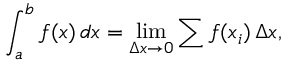
\int _ { a } ^ { b } f ( x ) \, d x = \operatorname* { l i m } _ { \Delta x \to 0 } \sum f ( x _ { i } ) \, \Delta x ,